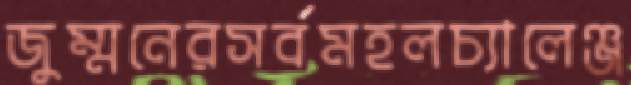
জুম্মনেরসর্বমহলচ্যালেঞ্জ